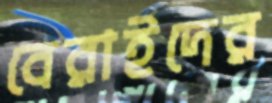
বেরাইদের